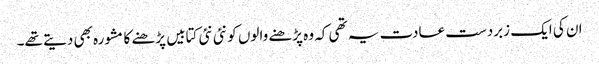
ان کی ایک زبردست عادت یہ تھی کہ وہ پڑھنے والوں کو نئی نئی کتابیں پڑھنے کا مشورہ بھی دیتے تھے۔